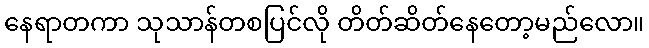
နေရာတကာ သုသာန်တစပြင်လို တိတ်ဆိတ်နေတော့မည်လော။